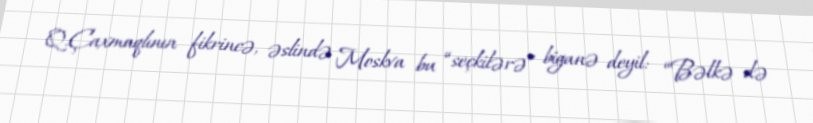
Q.Çaxmaqlının fikrincə, əslində Moskva bu “seçkilərə” biganə deyil: “Bəlkə də